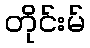
တိုင်းမ်